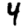
Digit: 4